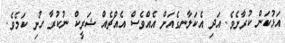
އަޅުކަން ކުރާށެވެ. އަދި އެކަލާނގެއަށް އެއްވެސް އެއްޗެއް ޝަރީކް ނުކުރާ ހުށި ކަމެވެ.